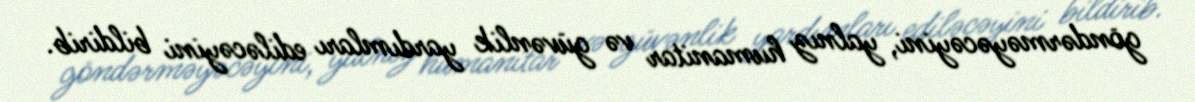
göndərməyəcəyini, yalnız humanitar və güvənlik yardımları ediləcəyini bildirib.